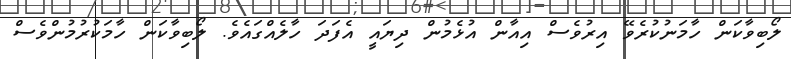
ލޯބިވާކަން ހާމަނުކުރެވޭ އިރުވެސް އިއާން އުޅެމުން ދިޔައީ އެފަދަ ހާލެެއްގައެވެ. ލޯބިވާކަން ހާމަކުރުމުންވެސް